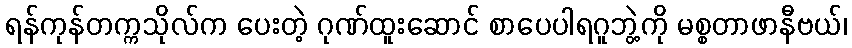
ရန်ကုန်တက္ကသိုလ်က ပေးတဲ့ ဂုဏ်ထူးဆောင် စာပေပါရဂူဘွဲ့ကို မစ္စတာဖာနီဗယ်၊